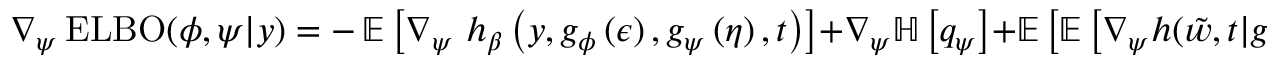
\nabla _ { \psi } \operatorname { E L B O } ( \phi , \psi \vert y ) = - \operatorname { \mathbb { E } } \left[ \nabla _ { \psi } \ h _ { \beta } \left( y , g _ { \phi } \left( \epsilon \right) , g _ { \psi } \left( \eta \right) , t \right) \right] + \nabla _ { \psi } \mathbb { H } \left[ q _ { \psi } \right] + \mathbb { E } \left[ \mathbb { E } \left[ \nabla _ { \psi } h ( \tilde { w } , t \vert g _ { \psi } ( \eta ) ) \middle \vert \eta \right] \right] .